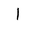
Letter: _alif